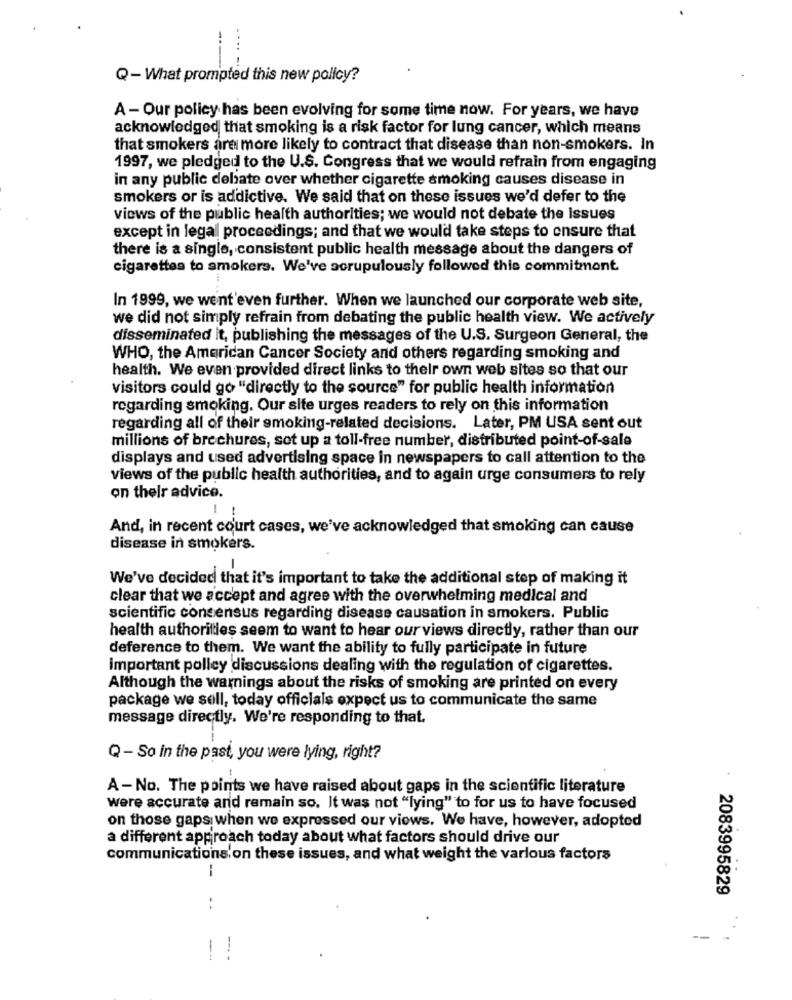
Q- What prompted this new policy?
A - Our policy has been evolving for some time now. For years, we have
acknowledged that smoking is a risk factor for lung cancer, which means
that smokers are more likely to contract that disease than non-smokers. In
1997, we pledged to the U.S. Congress that we would refrain from engaging
in any public debate over whether cigarette smoking causes disease in
smokers or is addictive. We said that on these issues we'd defer to the
views of the public health authorities; we would not debate the issues
except in legal proceedings; and that we would take steps to ensure that
there is a single, consistent public health message about the dangers of
cigarettes to smokers. We've scrupulously followed this commitment
In 1999, we went'even further. When we launched our corporate web site,
we did not simply refrain from debating the public health view. We actively
disseminated it, publishing the messages of the U.S. Surgeon General, the
WHO, the American Cancer Society and others regarding smoking and
health. We even provided direct links to their own web sites so that our
visitors could go "directly to the source" for public health information
regarding smoking. Our site urges readers to rely on this information
regarding all of their smoking-related decisions. Later, PM USA sent out
millions of brochures, set up a toll-free number, distributed point-of-sale
displays and used advertising space in newspapers to call attention to the
views of the public health authorities, and to again urge consumers to rely
on thelr advice.
And, in recent court cases, we've acknowledged that smoking can cause
disease in smokers.
-
We've decided that it's important to take the additional step of making it
clear that we accept and agree with the overwhelming medical and
scientific consensus regarding disease causation in smokers. Public
health authorities seem to want to hear our views directly, rather than our
deference to them. We want the ability to fully participate in future
important polley discussions dealing with the regulation of cigarettes.
Although the warnings about the risks of smoking are printed on every
package we sell, today officials expect us to communicate the same
message directly. We're responding to that.
Q - So in the past, you were lying, right?
A -No. The points we have raised about gaps in the scientific literature
were accurate and remain so. It was not "lying" to for us to have focused
on those gaps when we expressed our views. We have, however, adopted
a different approach today about what factors should drive our
communications'on these issues, and what weight the various factors
--
2083995829
-
-